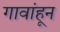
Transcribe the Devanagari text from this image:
गावांहून